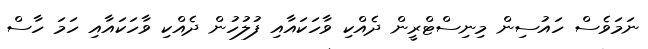
ނަމަވެސް ހައުސިން މިނިސްޓްރީން ދެއްކި ވާހަކައާއި ފުލުހުން ދެއްކި ވާހަކައާއި ހަމަ ހާސް